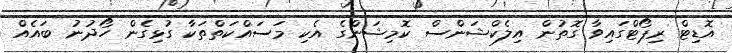
އޮޑިޓް ރިޕޯޓްގައިވާ ގޮތުން އިލެކްޝަންސް ކޮމިޝަންގެ އެކި މަސައްކަތްތަކާ ގުޅިގެން ހޯދުނު ބައެއް